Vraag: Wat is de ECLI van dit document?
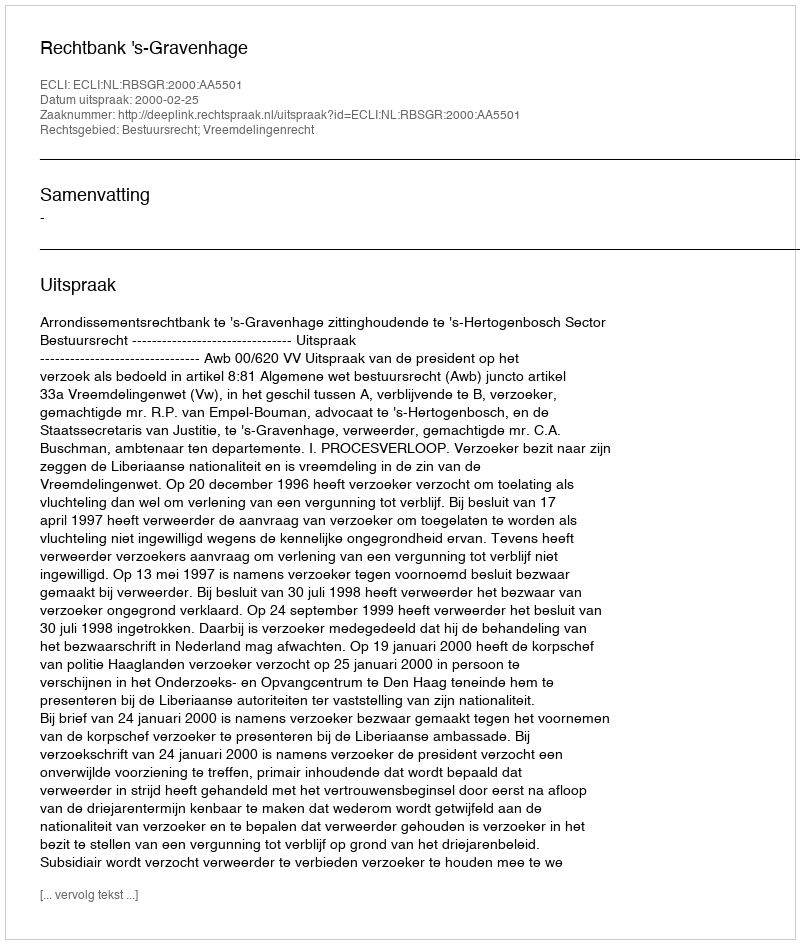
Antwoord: ECLI:NL:RBSGR:2000:AA5501